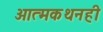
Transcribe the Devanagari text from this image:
आत्मकथनही